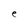
Character: e